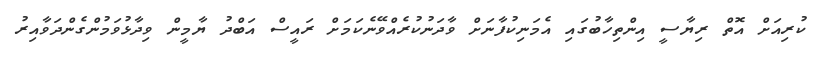
ކުރިއަށް އޮތް ރިޔާސީ އިންތިހާބުގައި އެމަނިކުފާނަށް ވާދަނުކުރެއްވޭނެކަމަށް ރައީސް އަބްދު ޔާމީން ވިދާޅުވަމުންގެންދަވާއިރު